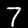
Digit: 7